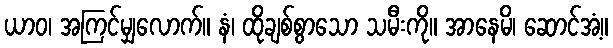
ယာဝ၊ အကြင်မျှလောက်။ နံ၊ ထိုချစ်စွာသော သမီးကို။ အာနေမိ၊ ဆောင်အံ့။